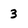
Character: 3